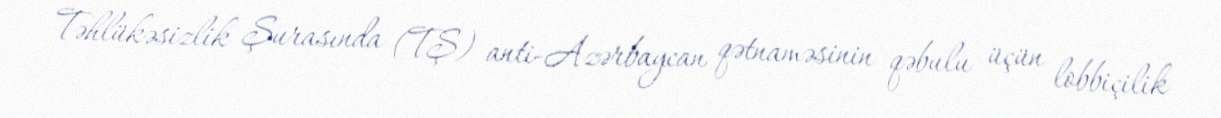
Təhlükəsizlik Şurasında (TŞ) anti-Azərbaycan qətnaməsinin qəbulu üçün lobbiçilik